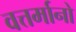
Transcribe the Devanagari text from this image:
वत्तर्मानो